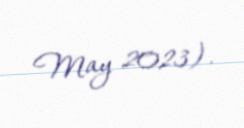
May 2023).